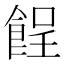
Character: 𩛦